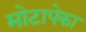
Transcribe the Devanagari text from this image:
मोटापेका